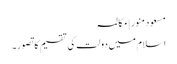
مسعود منور | مکالمہ
اسلام میں دولت کی تقسیم کا تصور۔